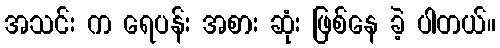
အသင်း က ရေပန်း အစား ဆုံး ဖြစ်နေ ခဲ့ ပါတယ်။